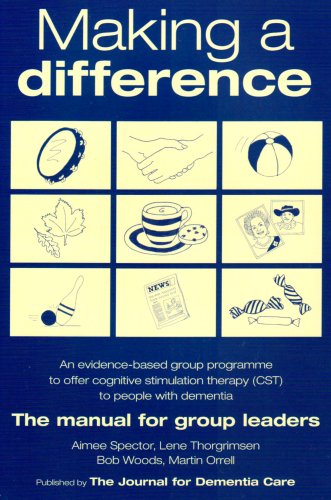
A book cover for Making a Difference: An Evidence-based Group Programme to Offer Cognitive Stimulation Therapy (CST) to People with Dementia; Aimee Spector; Parenting & Relationships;